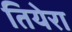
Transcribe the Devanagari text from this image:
तियेरा